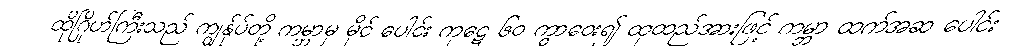
ထိုဂြိုဟ်ကြီးသည် ကျွန်ုပ်တို့ ကမ္ဘာမှ မိုင် ပေါင်း ကုဋေ ၆၀ ကွာဝေး၍ ထုထည်အားဖြင့် ကမ္ဘာ ထက်အဆ ပေါင်း